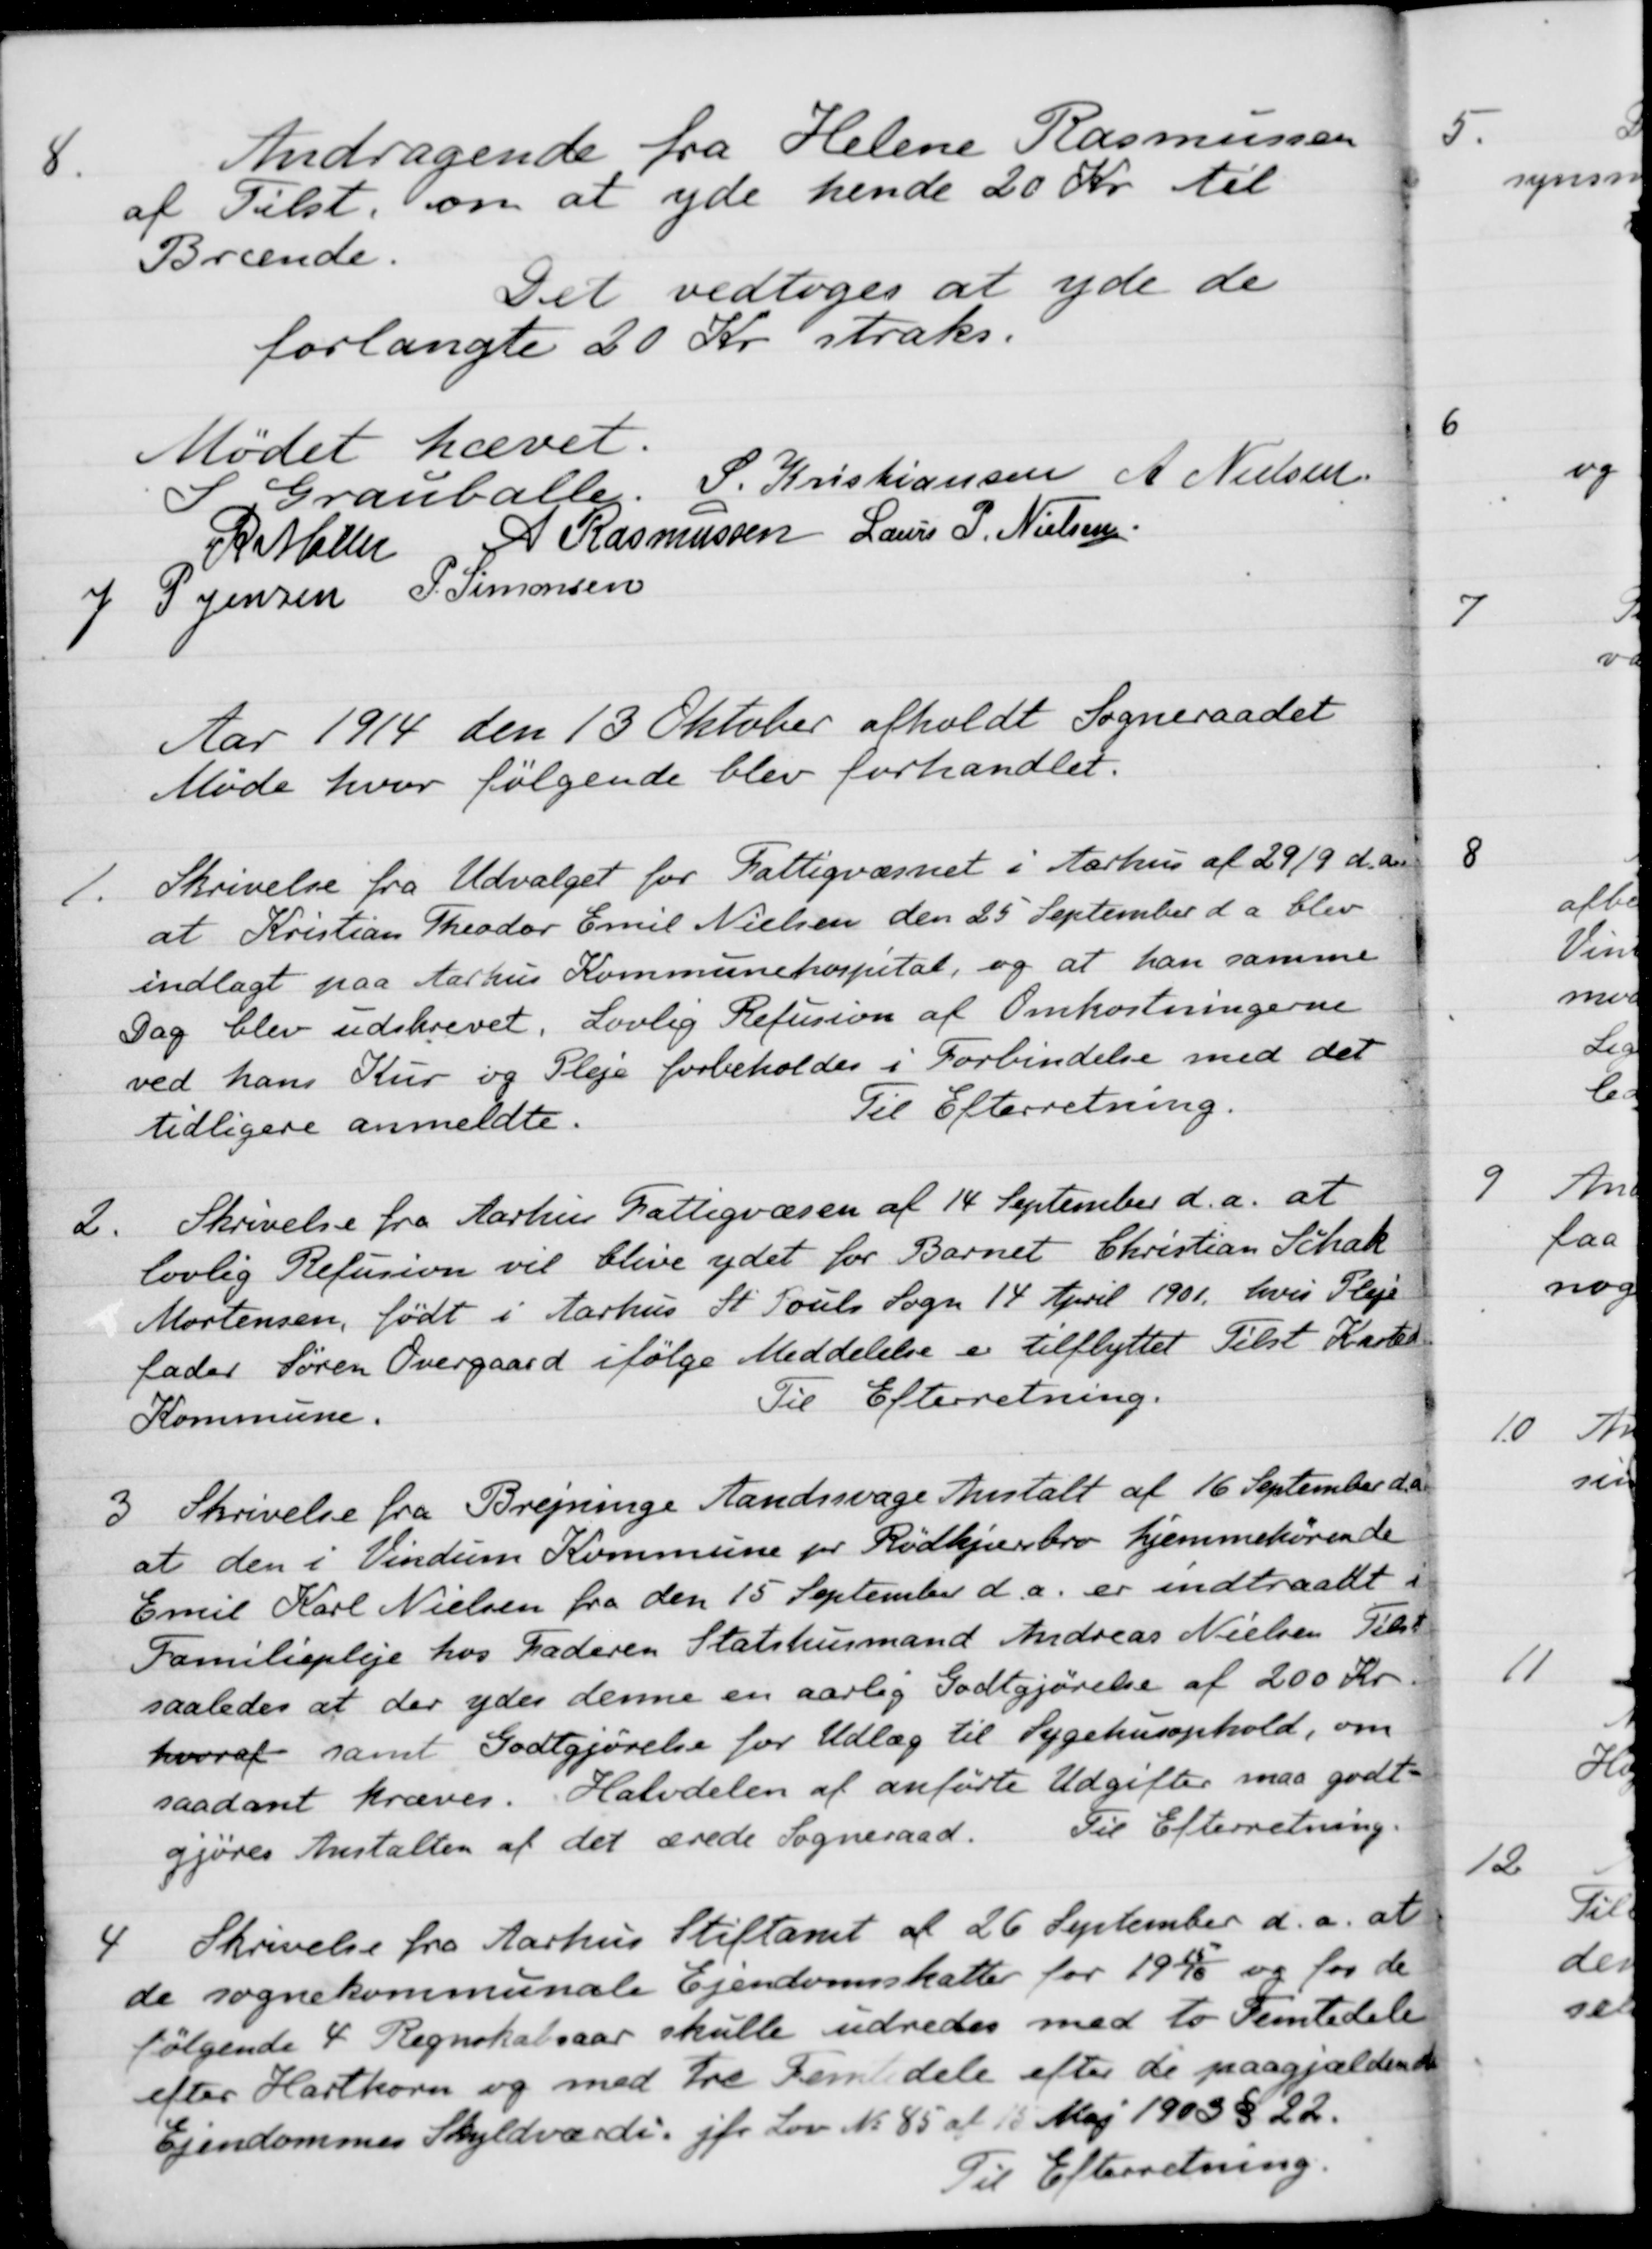
Transskription:
8
Andragende fra Helene Rasmussen
af Tilst. om at yde hende 20 Kr. til
Brænde.
Det vedtoges at yde de
forlangte 20 Kr straks.
Mødet hævet.
S Grauballe
S. Kristiansen
A Nielsen
R Møller
A Rasmussen
Laurs P. Nielsen
J P Jensen
P. Simonsen
Aar 1914 den 13 Oktober afholdt Sogneraadet
Møde hvor følgende blev forhandlet.
1. 
Skrivelse fra Udvalget for Fattigvæsnet i Aarhus af 29/9 d. A.
at Kristian Theodor Emil Nielsen den 25 September d a blev
indlagt paa Aarhus Kommunehospital, og at han samme
Dag blev udskrevet. Lovlig Refusion af Omkostningerne
ved hans Kur og Pleje forbeholdes i Forbindelse med det
Til Efterretning.
tidligere anmeldte.
2.
Skrivelse fra Aarhus Fattigvæsen af 14 September d.a. at
lovlig Refusion vil blive ydet for Barnet Christian Schak
Mortensen, født i Aarhus St. Pouls Sogn 14 April 1901, hvis Pleje
fader Søren Overgaard ifølge Meddelelse er tilflyttet Tilst Kasted
Kommune.
Til Efterretning.
3.
Skrivelse fra Brejninge Aandssvage Anstalt af 16 September d.a
at den i Vindum Kommune pr Rødkjærsbro hjemmehørende
Emil Karl Nielsen fra den 15 September d.a. er indtraadt i
Familiepleje hos Faderen Statshusmand Andreas Nielsen Tilst
saaledes at der ydes denne en aarlig Godtgjørelse af 200 Kr
hvoraf samt Godtgjørelse for Udlæg til Sygehusophold, om
saadant kræves. Halvdelen af anførte Udgifter maa godt-
gjøres Anstalten af det ærede Sogneraad.
Til Efterretning.
4
Skrivelse fra Aarhus Stiftamt af 26 September d.a. at
de sognekommunale Ejendomsskatter for 1915/16 og for de
følgende 4 Regnskabsaar skulle udredes med to Femtedele
efter Hartkorn og med tre Femtedele efter de paagjældende
Ejendommes Skyldværdi jfr Lov No. 85 af 15 Maj 1903 § 22.
Til Efterretning.